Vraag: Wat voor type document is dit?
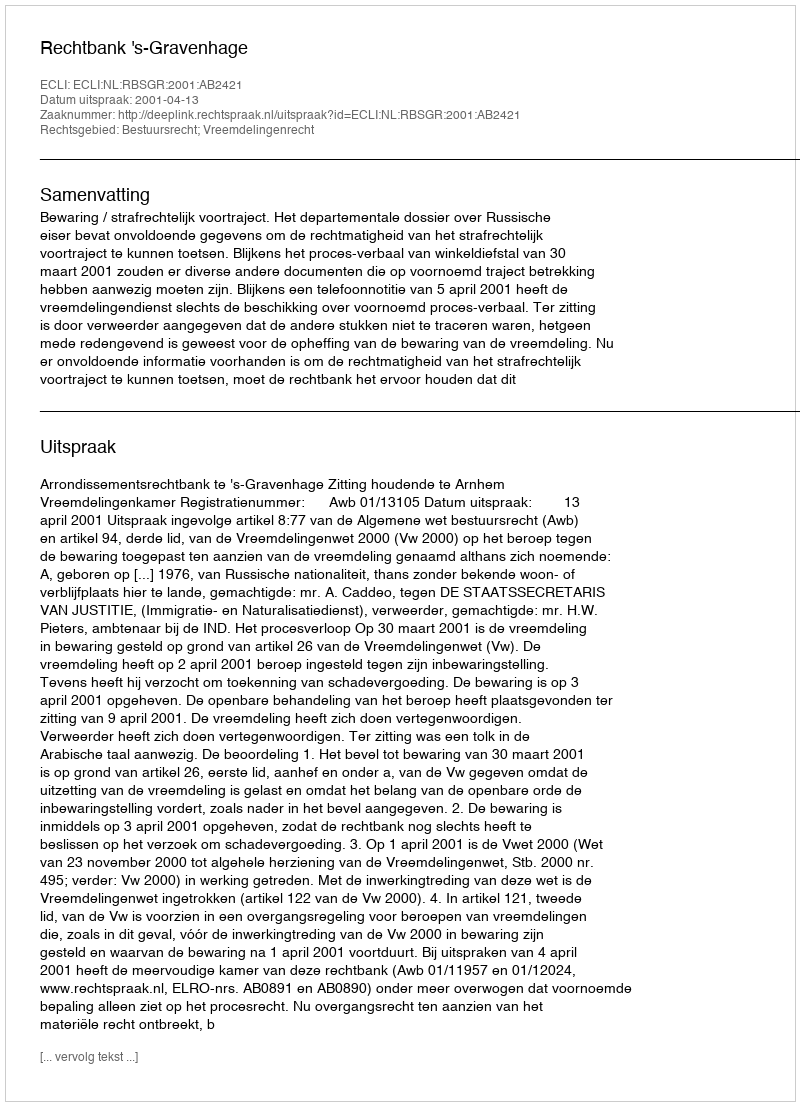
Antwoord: Uitspraak